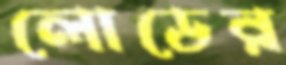
লোডের